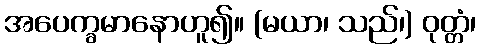
အပေက္ခမာနောဟူ၍။ (မယာ၊ သည်၊) ဝုတ္တံ၊